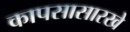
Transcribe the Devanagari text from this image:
कापसासारखे